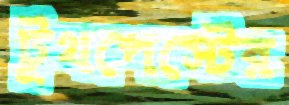
টুথপেস্টের